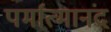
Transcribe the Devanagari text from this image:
पर्मात्मानंद